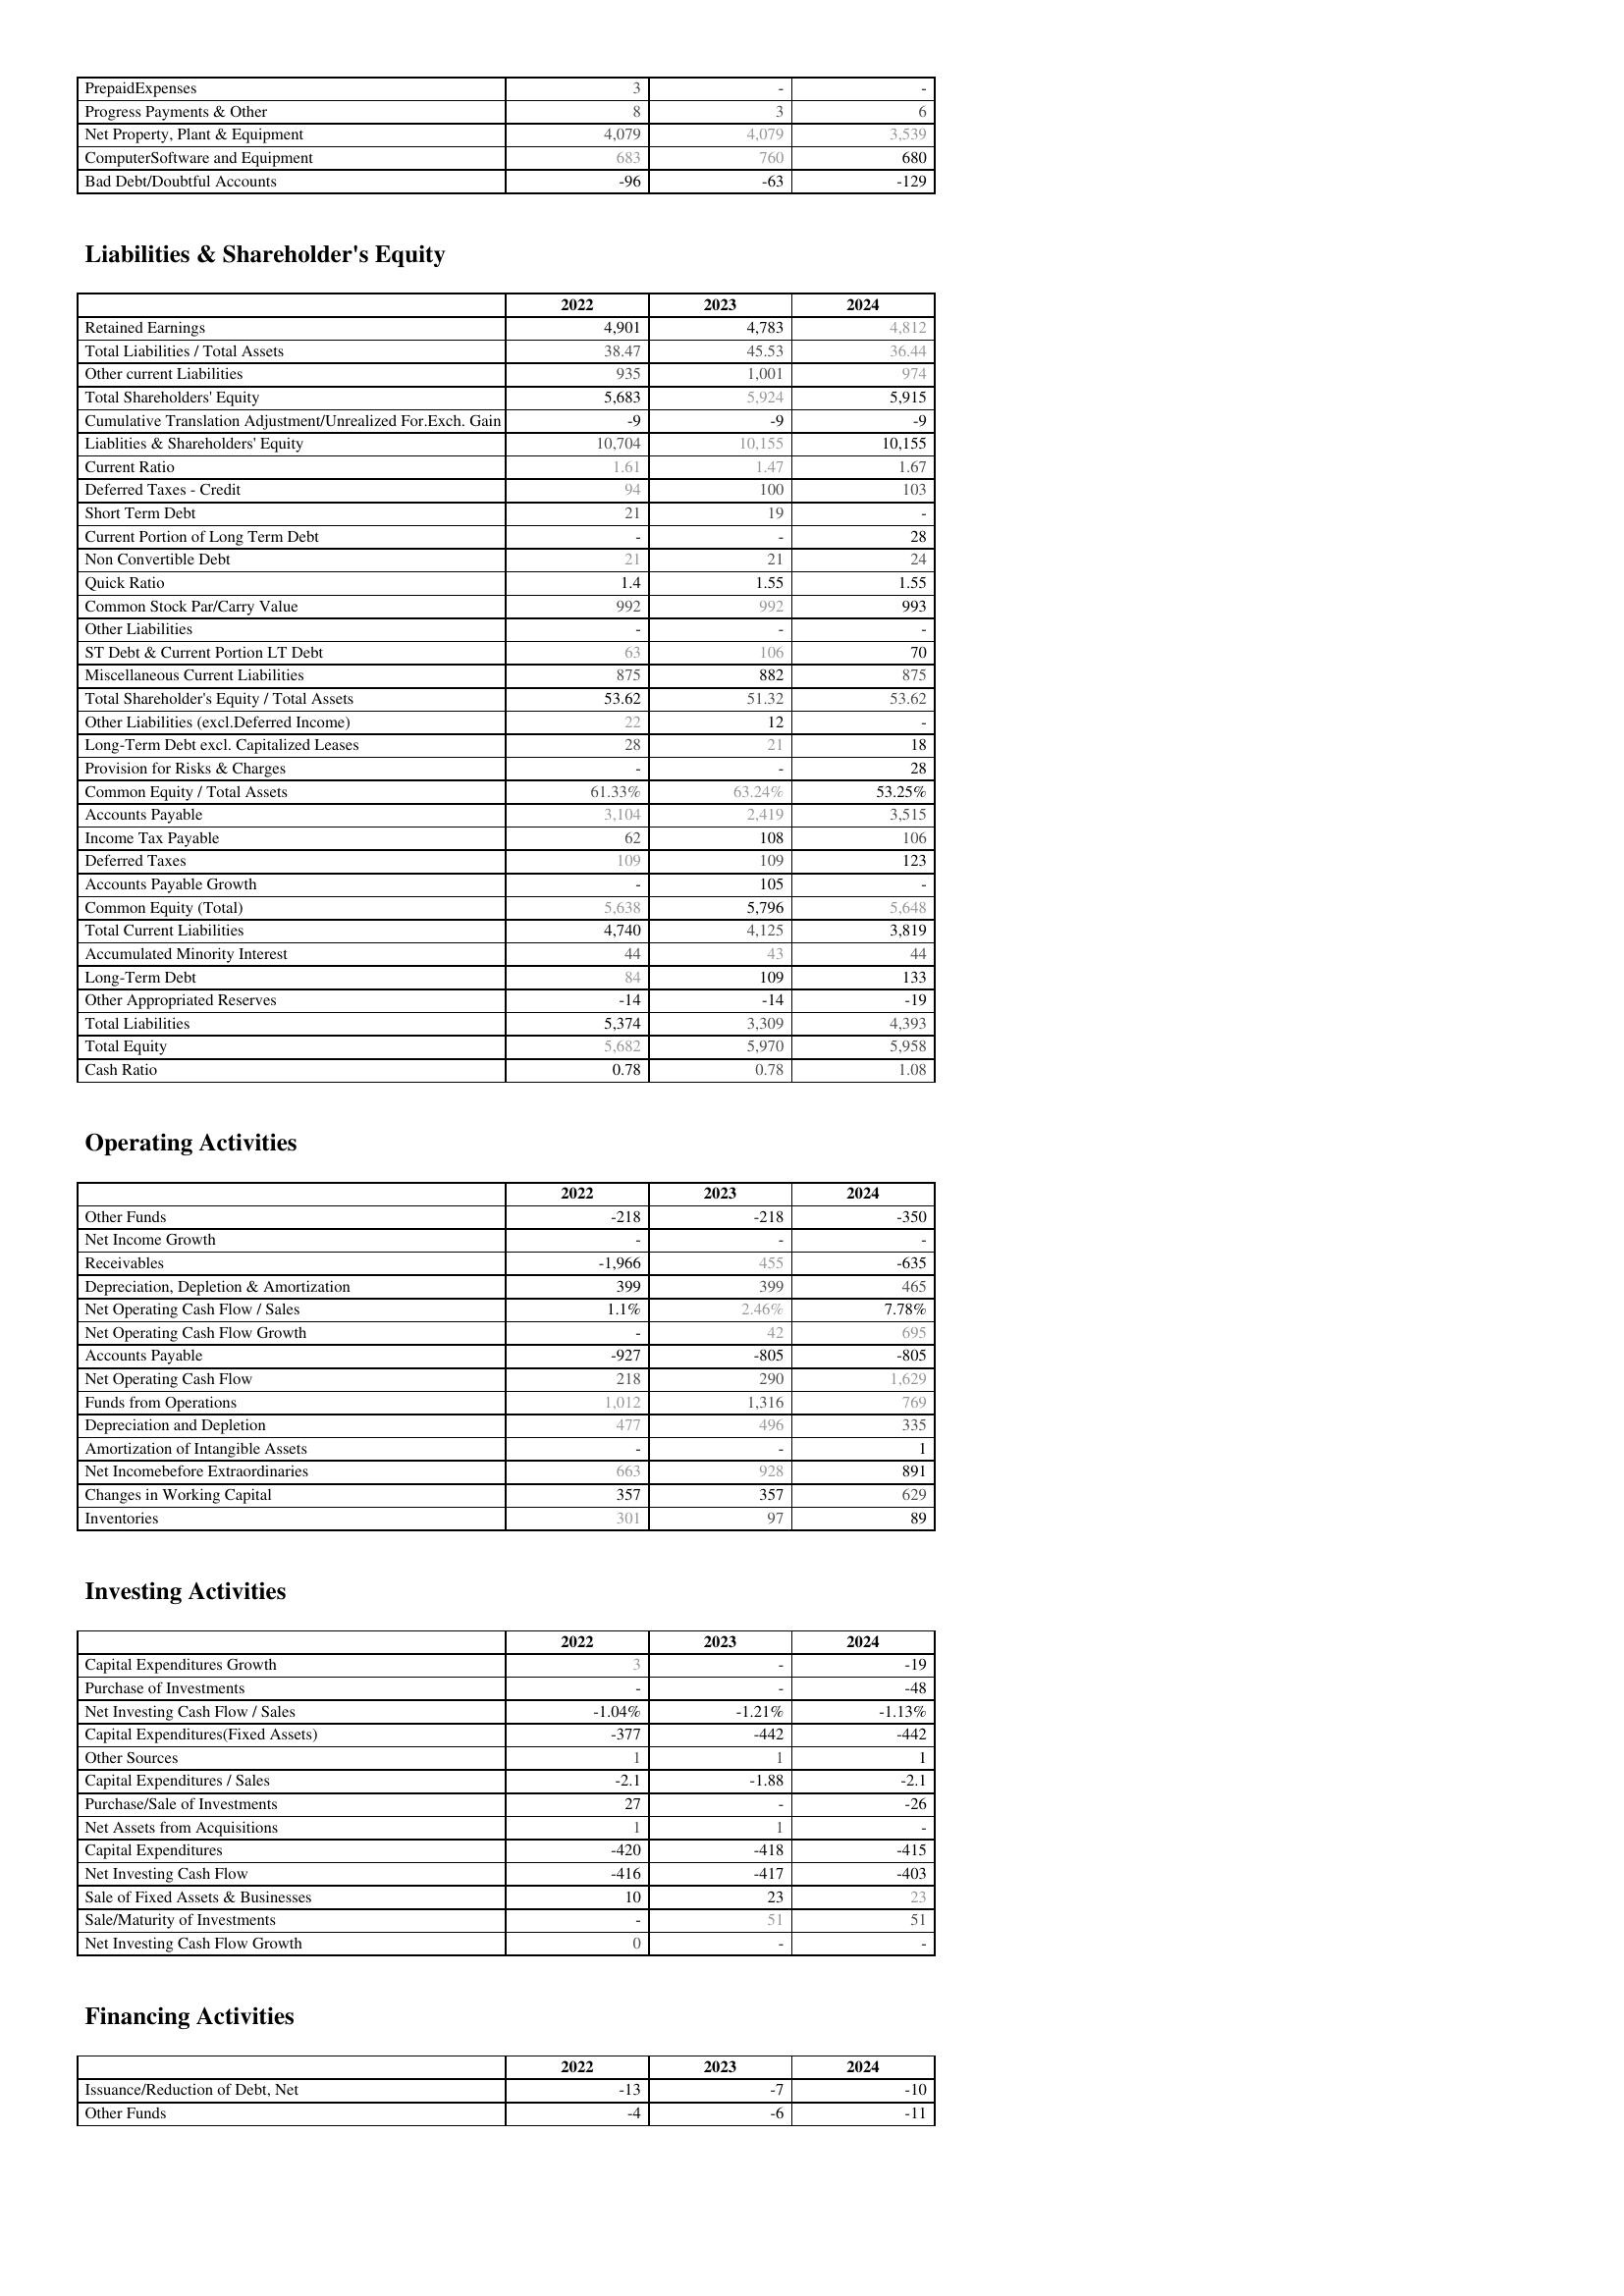
2022: Assets: PrepaidExpenses: 3
Progress Payments & Other: 8
Net Property, Plant & Equipment: 4,079
ComputerSoftware and Equipment: 683
Bad Debt/Doubtful Accounts: -96
Liabilities & Shareholder's Equity: Retained Earnings: 4,901
Total Liabilities / Total Assets: 38.47
Other current Liabilities: 935
Total Shareholders' Equity: 5,683
Cumulative Translation Adjustment/Unrealized For.Exch. Gain: -9
Liablities & Shareholders' Equity: 10,704
Current Ratio: 1.61
Deferred Taxes - Credit: 94
Short Term Debt: 21
Current Portion of Long Term Debt: -
Non Convertible Debt: 21
Quick Ratio: 1.4
Common Stock Par/Carry Value: 992
Other Liabilities: -
ST Debt & Current Portion LT Debt: 63
Miscellaneous Current Liabilities: 875
Total Shareholder's Equity / Total Assets: 53.62
Other Liabilities (excl.Deferred Income): 22
Long-Term Debt excl. Capitalized Leases: 28
Provision for Risks & Charges: -
Common Equity / Total Assets: 61.33%
Accounts Payable: 3,104
Income Tax Payable: 62
Deferred Taxes: 109
Accounts Payable Growth: -
Common Equity (Total): 5,638
Total Current Liabilities: 4,740
Accumulated Minority Interest: 44
Long-Term Debt: 84
Other Appropriated Reserves: -14
Total Liabilities: 5,374
Total Equity: 5,682
Cash Ratio: 0.78
Operating Activities: Other Funds: -218
Net Income Growth: -
Receivables: -1,966
Depreciation, Depletion & Amortization: 399
Net Operating Cash Flow / Sales: 1.1%
Net Operating Cash Flow Growth: -
Accounts Payable: -927
Net Operating Cash Flow: 218
Funds from Operations: 1,012
Depreciation and Depletion: 477
Amortization of Intangible Assets: -
Net Incomebefore Extraordinaries: 663
Changes in Working Capital: 357
Inventories: 301
Investing Activities: Capital Expenditures Growth: 3
Purchase of Investments: -
Net Investing Cash Flow / Sales: -1.04%
Capital Expenditures(Fixed Assets): -377
Other Sources: 1
Capital Expenditures / Sales: -2.1
Purchase/Sale of Investments: 27
Net Assets from Acquisitions: 1
Capital Expenditures: -420
Net Investing Cash Flow: -416
Sale of Fixed Assets & Businesses: 10
Sale/Maturity of Investments: -
Net Investing Cash Flow Growth: 0
Financing Activities: Issuance/Reduction of Debt, Net: -13
Other Funds: -4
2023: Assets: PrepaidExpenses: -
Progress Payments & Other: 3
Net Property, Plant & Equipment: 4,079
ComputerSoftware and Equipment: 760
Bad Debt/Doubtful Accounts: -63
Liabilities & Shareholder's Equity: Retained Earnings: 4,783
Total Liabilities / Total Assets: 45.53
Other current Liabilities: 1,001
Total Shareholders' Equity: 5,924
Cumulative Translation Adjustment/Unrealized For.Exch. Gain: -9
Liablities & Shareholders' Equity: 10,155
Current Ratio: 1.47
Deferred Taxes - Credit: 100
Short Term Debt: 19
Current Portion of Long Term Debt: -
Non Convertible Debt: 21
Quick Ratio: 1.55
Common Stock Par/Carry Value: 992
Other Liabilities: -
ST Debt & Current Portion LT Debt: 106
Miscellaneous Current Liabilities: 882
Total Shareholder's Equity / Total Assets: 51.32
Other Liabilities (excl.Deferred Income): 12
Long-Term Debt excl. Capitalized Leases: 21
Provision for Risks & Charges: -
Common Equity / Total Assets: 63.24%
Accounts Payable: 2,419
Income Tax Payable: 108
Deferred Taxes: 109
Accounts Payable Growth: 105
Common Equity (Total): 5,796
Total Current Liabilities: 4,125
Accumulated Minority Interest: 43
Long-Term Debt: 109
Other Appropriated Reserves: -14
Total Liabilities: 3,309
Total Equity: 5,970
Cash Ratio: 0.78
Operating Activities: Other Funds: -218
Net Income Growth: -
Receivables: 455
Depreciation, Depletion & Amortization: 399
Net Operating Cash Flow / Sales: 2.46%
Net Operating Cash Flow Growth: 42
Accounts Payable: -805
Net Operating Cash Flow: 290
Funds from Operations: 1,316
Depreciation and Depletion: 496
Amortization of Intangible Assets: -
Net Incomebefore Extraordinaries: 928
Changes in Working Capital: 357
Inventories: 97
Investing Activities: Capital Expenditures Growth: -
Purchase of Investments: -
Net Investing Cash Flow / Sales: -1.21%
Capital Expenditures(Fixed Assets): -442
Other Sources: 1
Capital Expenditures / Sales: -1.88
Purchase/Sale of Investments: -
Net Assets from Acquisitions: 1
Capital Expenditures: -418
Net Investing Cash Flow: -417
Sale of Fixed Assets & Businesses: 23
Sale/Maturity of Investments: 51
Net Investing Cash Flow Growth: -
Financing Activities: Issuance/Reduction of Debt, Net: -7
Other Funds: -6
2024: Assets: PrepaidExpenses: -
Progress Payments & Other: 6
Net Property, Plant & Equipment: 3,539
ComputerSoftware and Equipment: 680
Bad Debt/Doubtful Accounts: -129
Liabilities & Shareholder's Equity: Retained Earnings: 4,812
Total Liabilities / Total Assets: 36.44
Other current Liabilities: 974
Total Shareholders' Equity: 5,915
Cumulative Translation Adjustment/Unrealized For.Exch. Gain: -9
Liablities & Shareholders' Equity: 10,155
Current Ratio: 1.67
Deferred Taxes - Credit: 103
Short Term Debt: -
Current Portion of Long Term Debt: 28
Non Convertible Debt: 24
Quick Ratio: 1.55
Common Stock Par/Carry Value: 993
Other Liabilities: -
ST Debt & Current Portion LT Debt: 70
Miscellaneous Current Liabilities: 875
Total Shareholder's Equity / Total Assets: 53.62
Other Liabilities (excl.Deferred Income): -
Long-Term Debt excl. Capitalized Leases: 18
Provision for Risks & Charges: 28
Common Equity / Total Assets: 53.25%
Accounts Payable: 3,515
Income Tax Payable: 106
Deferred Taxes: 123
Accounts Payable Growth: -
Common Equity (Total): 5,648
Total Current Liabilities: 3,819
Accumulated Minority Interest: 44
Long-Term Debt: 133
Other Appropriated Reserves: -19
Total Liabilities: 4,393
Total Equity: 5,958
Cash Ratio: 1.08
Operating Activities: Other Funds: -350
Net Income Growth: -
Receivables: -635
Depreciation, Depletion & Amortization: 465
Net Operating Cash Flow / Sales: 7.78%
Net Operating Cash Flow Growth: 695
Accounts Payable: -805
Net Operating Cash Flow: 1,629
Funds from Operations: 769
Depreciation and Depletion: 335
Amortization of Intangible Assets: 1
Net Incomebefore Extraordinaries: 891
Changes in Working Capital: 629
Inventories: 89
Investing Activities: Capital Expenditures Growth: -19
Purchase of Investments: -48
Net Investing Cash Flow / Sales: -1.13%
Capital Expenditures(Fixed Assets): -442
Other Sources: 1
Capital Expenditures / Sales: -2.1
Purchase/Sale of Investments: -26
Net Assets from Acquisitions: -
Capital Expenditures: -415
Net Investing Cash Flow: -403
Sale of Fixed Assets & Businesses: 23
Sale/Maturity of Investments: 51
Net Investing Cash Flow Growth: -
Financing Activities: Issuance/Reduction of Debt, Net: -10
Other Funds: -11